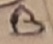
Text: B